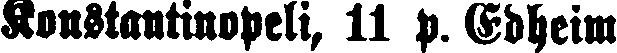
Konstantinopeli, 11 p. Edheim